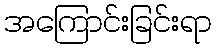
အကြောင်းခြင်းရာ